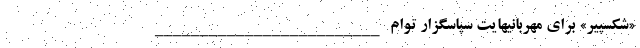
«شکسپیر» برای مهربانیهایت سپاسگزار توام _________________________